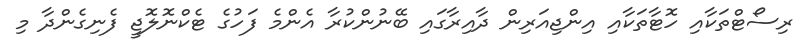
ރިސޯޓްތަކާއި ހޮޓާތަކާއި އިންޖިއަރިން ދާއިރާގައި ބޭނުންކުރާ އެންމެ ފަހުގެ ޓެކްނޮލޮޖީ ފެނިގެންދާ މި